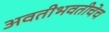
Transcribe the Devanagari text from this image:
अवतीभवतीचेच